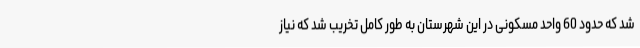
شد که حدود 60 واحد مسکونی در این شهرستان به طور کامل تخریب شد که نیاز